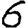
Digit: 6